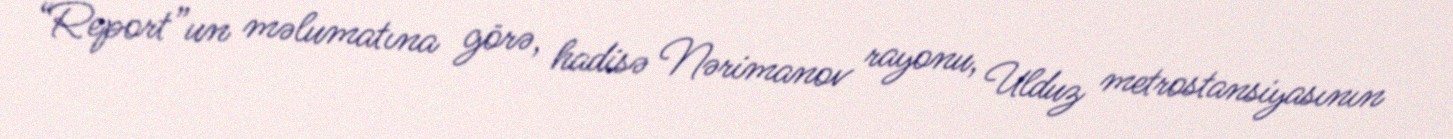
“Report”un məlumatına görə, hadisə Nərimanov rayonu, Ulduz metrostansiyasının